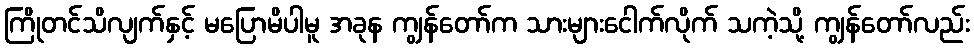
ကြိုတင်သိလျက်နှင့် မပြောမိပါမူ အခုန ကျွန်တော်က သားများငေါက်လိုက် သကဲ့သို့ ကျွန်တော်လည်း